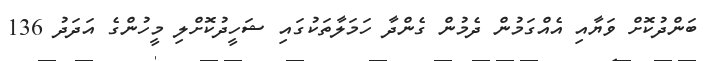
ބަންދުކޮށް ވަޔާއި އެއްގަމުން ދެމުން ގެންދާ ހަމަލާތަކުގައި ޝަހީދުކޮށްލި މީހުންގެ އަދަދު 136